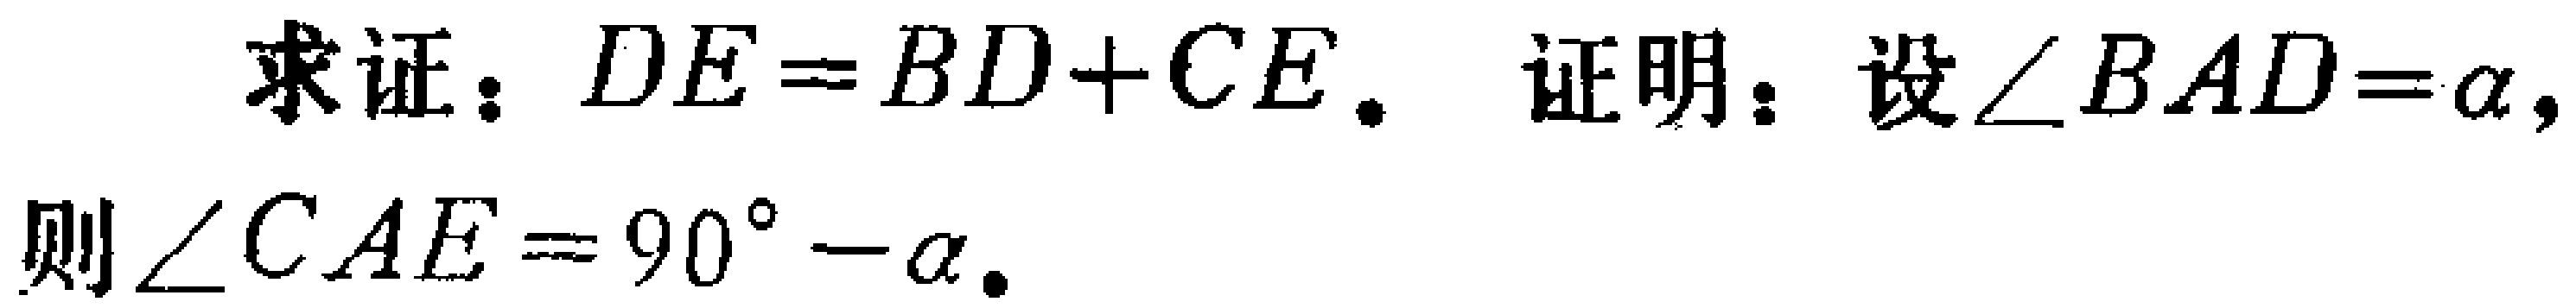
求证：\(DE = BD + CE\). 证明：设\(\angle BAD=\alpha\)，则\(\angle CAE = 90^{\circ}-\alpha\).